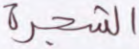
الشجرة